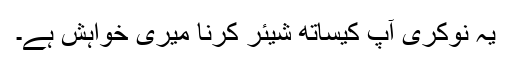
یہ نوکری آپ کیساتھ شیئر کرنا میری خواہش ہے۔